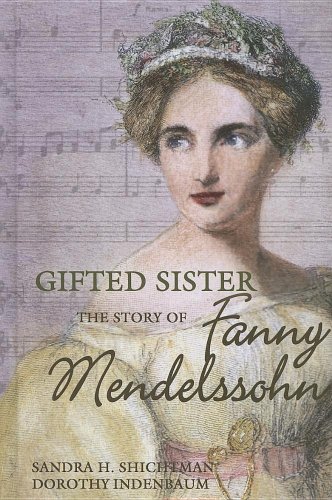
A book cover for Gifted Sister: The Story of Fanny Mendelssohn (Classical Composers); Sandra H. Shichtman; Teen & Young Adult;